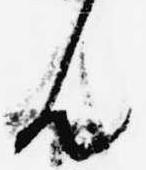
ん